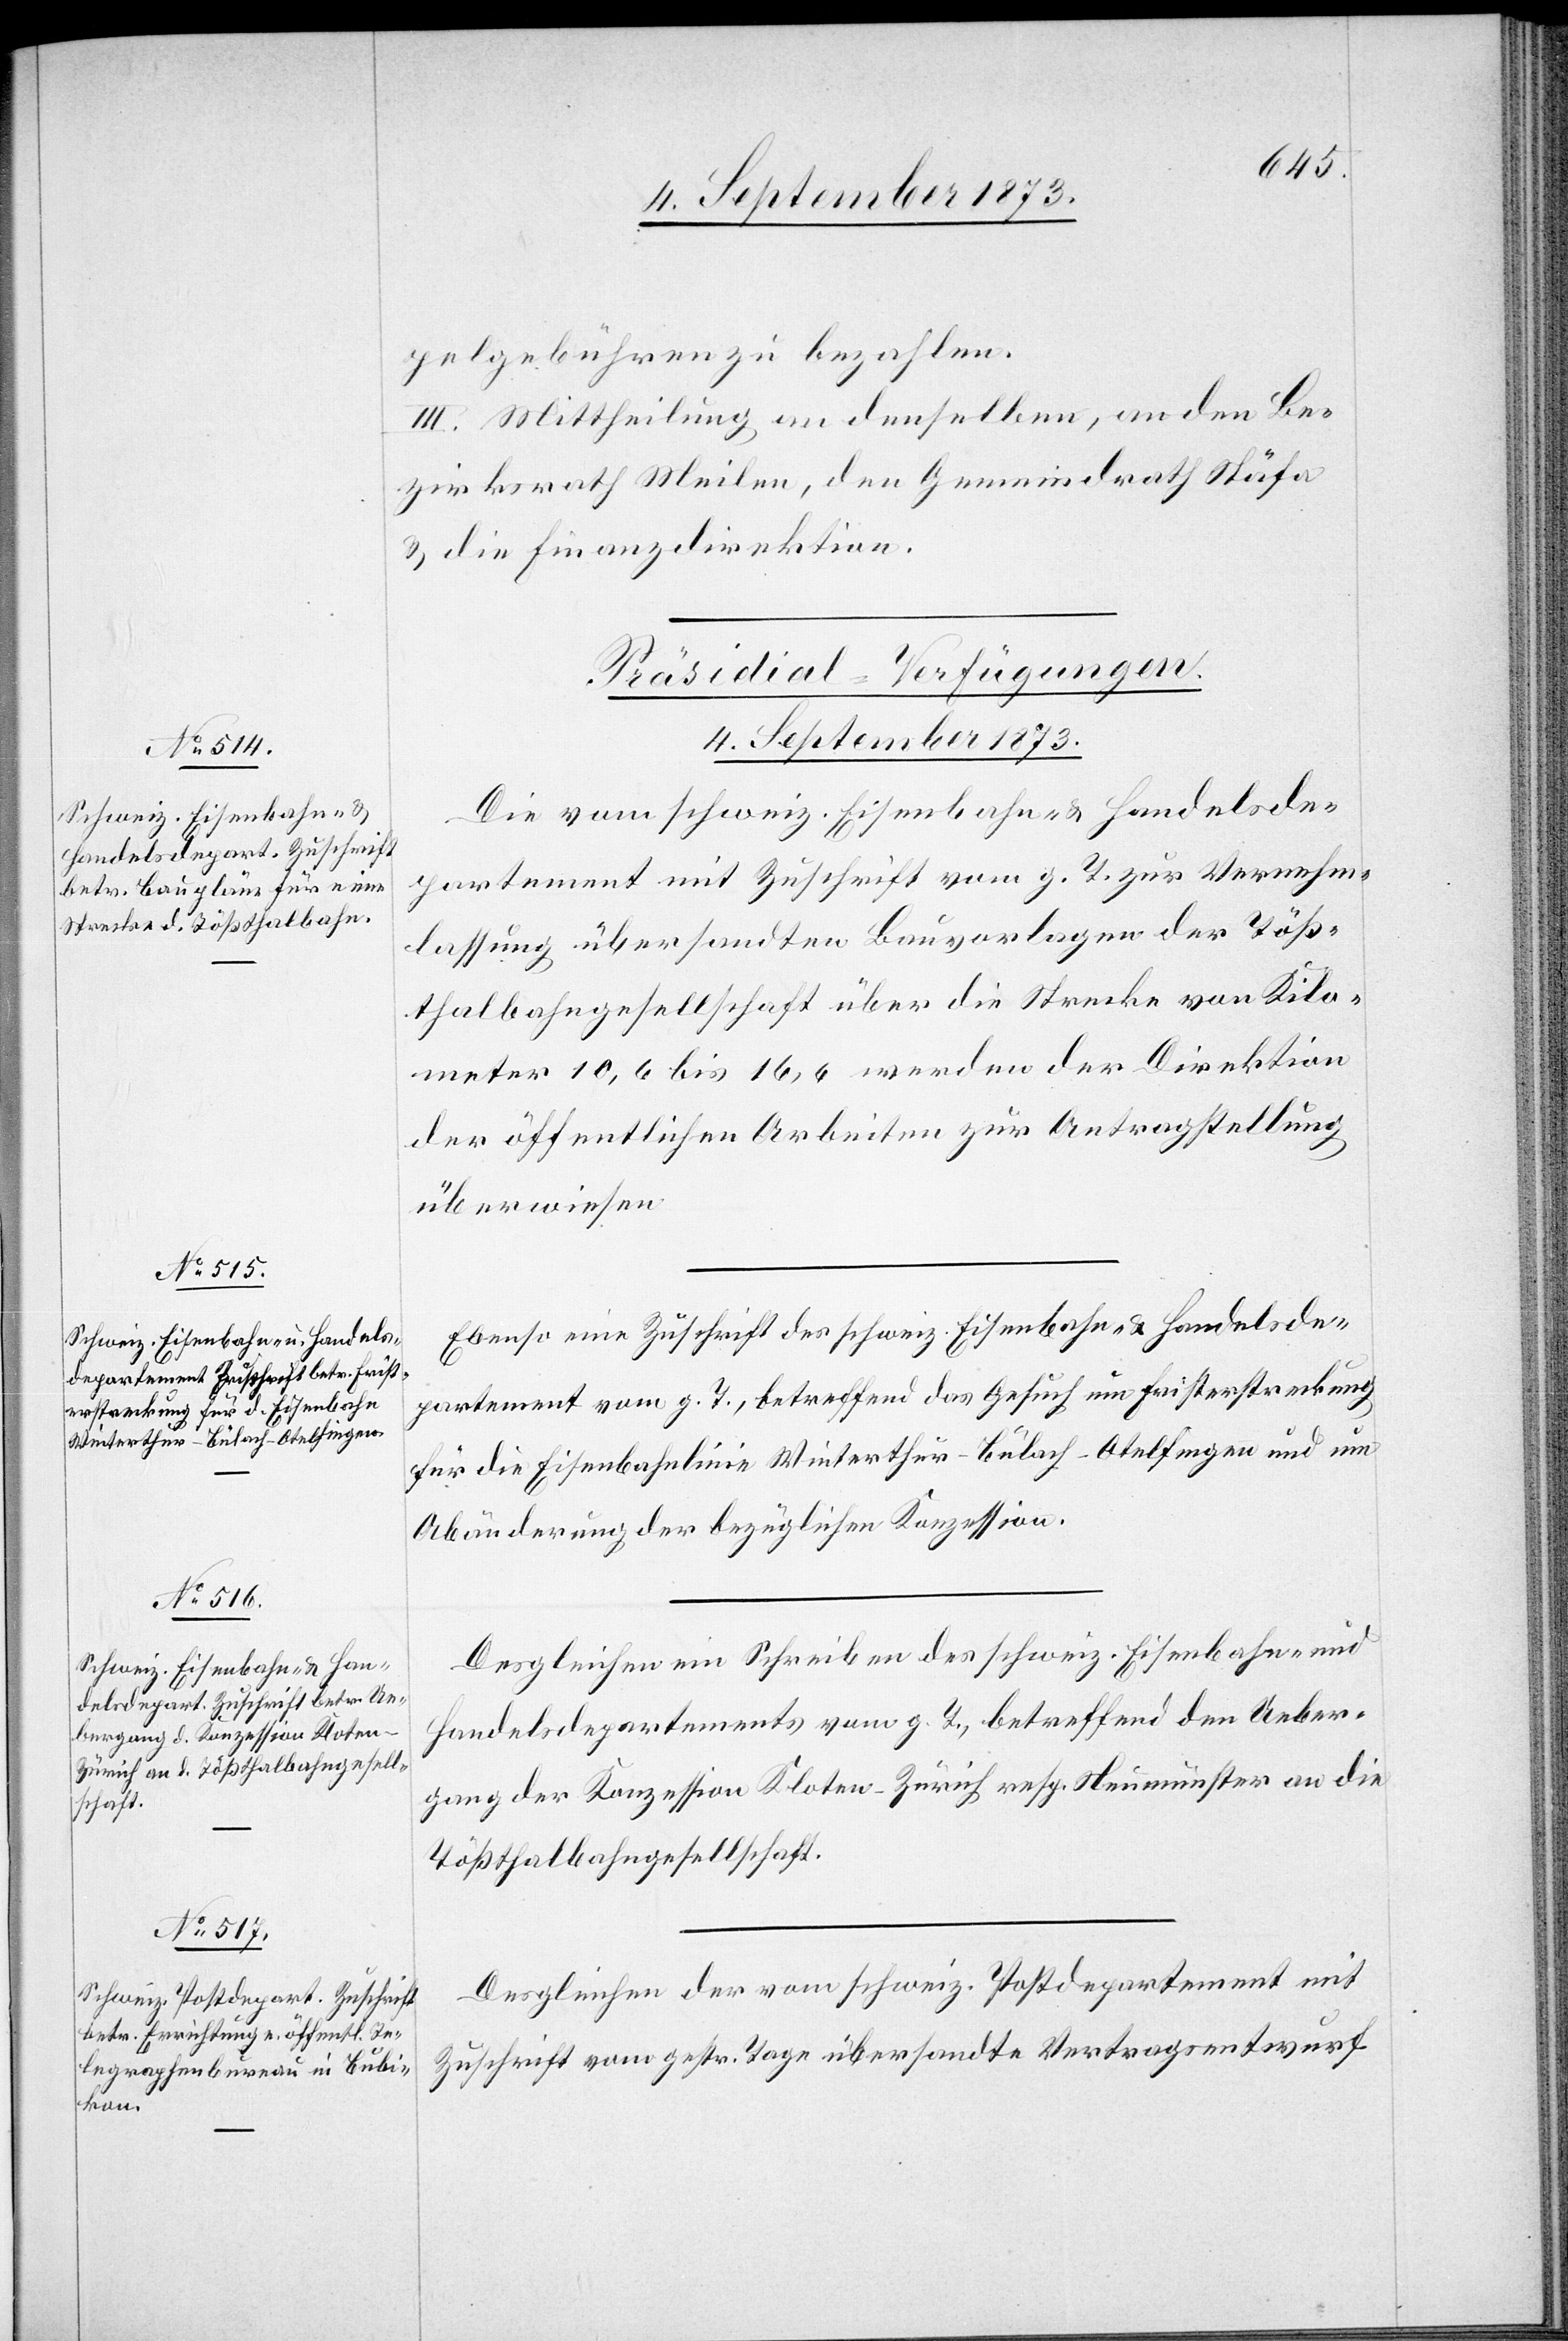
pelgebühren zu bezahlen.
III. Mittheilung an denselben, an den Be¬
zirksrath Meilen, den Gemeindrath Stäfa
& die Finanzdirektion.
[Präsidial-Verfügungen.
4. September 1873.]
Die vom schweiz. Eisenbahn- & Handelsde¬
partement mit Zuschrift vom g. T. zur Vernehm¬
lassung übersandten Bauvorlagen der Töß¬
thalbahngesellschaft über die Strecke von Kilo¬
meter 10,6 bis 16,6 werden der Direktion
der öffentlichen Arbeiten zur Antragstellung
überwiesen.
Ebenso eine Zuschrift des schweiz. Eisenbahn- & Handelsde¬
partement vom g. T., betreffend das Gesuch um Fristerstreckung
für die Eisenbahnlinie Winterthur–Bülach–Otelfingen und um
Abänderung der bezüglichen Konzession.
Desgleichen ein Schreiben des schweiz. Eisenbahn- und
Handelsdepartements vom g. T., betreffend den Ueber¬
gang der Konzession Kloten–Zürich resp. Neumünster an die
Tößthalbahngesellschaft.
Desgleichen der vom schweiz. Postdepartement mit
Zuschrift vom gestr. Tage übersandte Vertragsentwurf